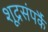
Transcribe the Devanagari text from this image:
शूद्रसंपर्कै